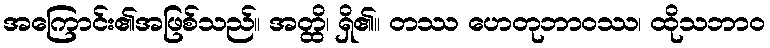
အကြောင်း၏အဖြစ်သည်။ အတ္ထိ၊ ရှိ၏။ တဿ ဟေတုဘာဝဿ၊ ထိုသဘာဝ